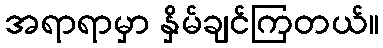
အရာရာမှာ နှိမ်ချင်ကြတယ်။